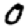
Digit: 0